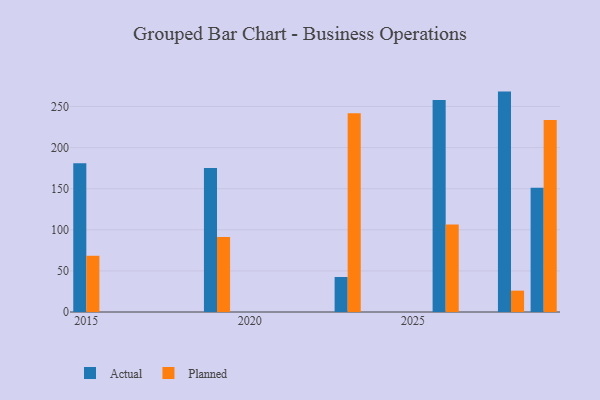
{"axis": {"x": "Year", "y": "Budget (USD K)"}, "legend": ["Actual", "Planned"], "data": [{"x": "2028", "y": 268.1, "type": "Actual"}, {"x": "2028", "y": 26.0, "type": "Planned"}, {"x": "2015", "y": 181.0, "type": "Actual"}, {"x": "2015", "y": 68.4, "type": "Planned"}, {"x": "2019", "y": 175.1, "type": "Actual"}, {"x": "2019", "y": 91.2, "type": "Planned"}, {"x": "2026", "y": 257.9, "type": "Actual"}, {"x": "2026", "y": 106.4, "type": "Planned"}, {"x": "2029", "y": 151.2, "type": "Actual"}, {"x": "2029", "y": 233.6, "type": "Planned"}, {"x": "2023", "y": 42.6, "type": "Actual"}, {"x": "2023", "y": 241.7, "type": "Planned"}]}